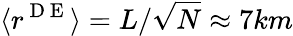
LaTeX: \langle r^{\mathrm{~D~E~}}\rangle=L/\sqrt{N}\approx 7km